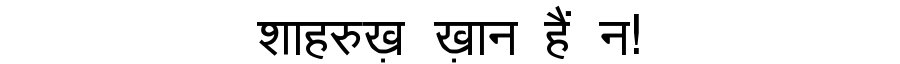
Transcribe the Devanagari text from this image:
शाहरुख़ ख़ान हैं न!